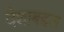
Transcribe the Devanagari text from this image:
देशाबद्दल